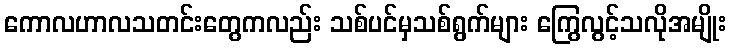
ကောလဟာလသတင်းတွေကလည်း သစ်ပင်မှသစ်ရွက်များ ကြွေလွင့်သလိုအမျိုး